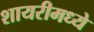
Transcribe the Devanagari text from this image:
शायरीमध्ये